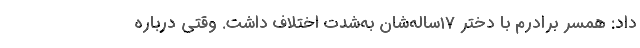
داد: همسر برادرم با دختر ۱۷ساله‌شان به‌شدت اختلاف داشت. وقتی درباره